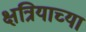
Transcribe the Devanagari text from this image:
क्षत्रियाच्या